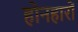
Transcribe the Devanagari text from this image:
होनहारों